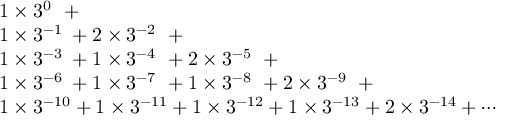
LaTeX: \begin{array} { l } { 1 \times 3 ^ { 0 \, \, \, } + { } } \\ { 1 \times 3 ^ { - 1 \, \, } + 2 \times 3 ^ { - 2 \, \, \, } + { } } \\ { 1 \times 3 ^ { - 3 \, \, } + 1 \times 3 ^ { - 4 \, \, \, } + 2 \times 3 ^ { - 5 \, \, \, } + { } } \\ { 1 \times 3 ^ { - 6 \, \, } + 1 \times 3 ^ { - 7 \, \, \, } + 1 \times 3 ^ { - 8 \, \, \, } + 2 \times 3 ^ { - 9 \, \, \, } + { } } \\ { 1 \times 3 ^ { - 1 0 } + 1 \times 3 ^ { - 1 1 } + 1 \times 3 ^ { - 1 2 } + 1 \times 3 ^ { - 1 3 } + 2 \times 3 ^ { - 1 4 } + \cdots } \end{array}